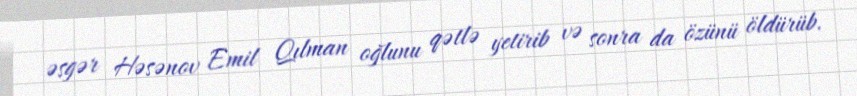
əsgər Həsənov Emil Qılman oğlunu qətlə yetirib və sonra da özünü öldürüb.